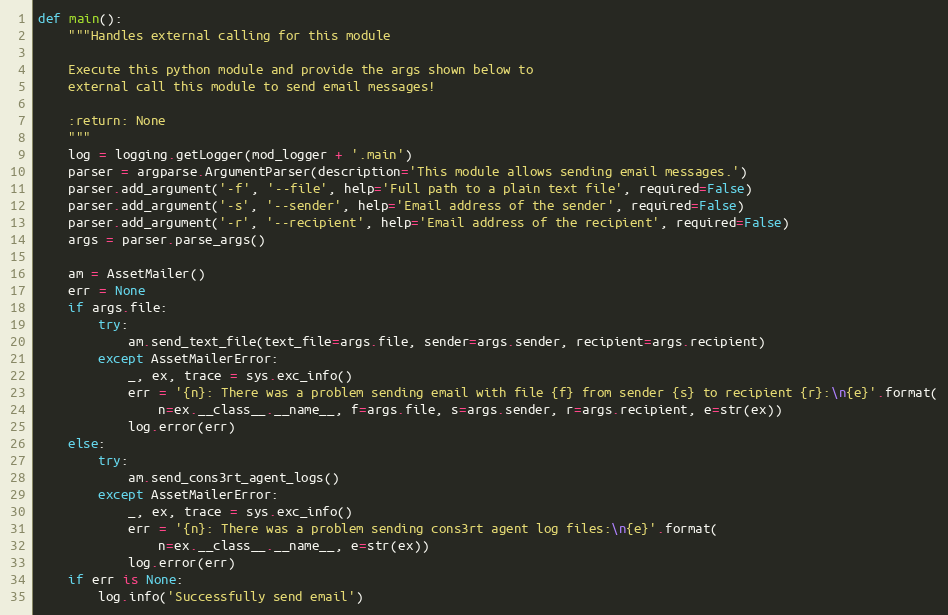
Language: Python
def main():
    """Handles external calling for this module

    Execute this python module and provide the args shown below to
    external call this module to send email messages!

    :return: None
    """
    log = logging.getLogger(mod_logger + '.main')
    parser = argparse.ArgumentParser(description='This module allows sending email messages.')
    parser.add_argument('-f', '--file', help='Full path to a plain text file', required=False)
    parser.add_argument('-s', '--sender', help='Email address of the sender', required=False)
    parser.add_argument('-r', '--recipient', help='Email address of the recipient', required=False)
    args = parser.parse_args()

    am = AssetMailer()
    err = None
    if args.file:
        try:
            am.send_text_file(text_file=args.file, sender=args.sender, recipient=args.recipient)
        except AssetMailerError:
            _, ex, trace = sys.exc_info()
            err = '{n}: There was a problem sending email with file {f} from sender {s} to recipient {r}:\n{e}'.format(
                n=ex.__class__.__name__, f=args.file, s=args.sender, r=args.recipient, e=str(ex))
            log.error(err)
    else:
        try:
            am.send_cons3rt_agent_logs()
        except AssetMailerError:
            _, ex, trace = sys.exc_info()
            err = '{n}: There was a problem sending cons3rt agent log files:\n{e}'.format(
                n=ex.__class__.__name__, e=str(ex))
            log.error(err)
    if err is None:
        log.info('Successfully send email')